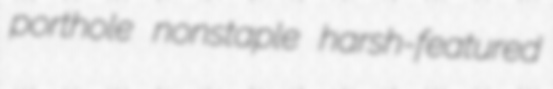
porthole nonstaple harsh-featured